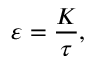
\varepsilon = \frac { K } { \tau } ,